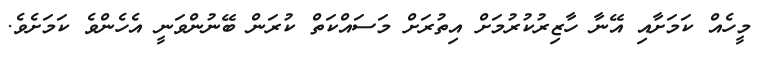
މީހެއް ކަމަށާއި އޭނާ ހާޒިރުކުރުމަށް އިތުރަށް މަސައްކަތް ކުރަން ބޭނުންވަނީ އެހެންވެ ކަމަށެވެ.